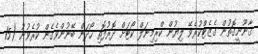
ޤާނޫނީގޮތުން ގެޒެޓްކުރެވޭ ލިޔުން ކްރިމިނަލް ކޯޓަށް ދޮރުފޮތި ހޯދަން ބޭނުންވެގެން ކުރެވުނު (15